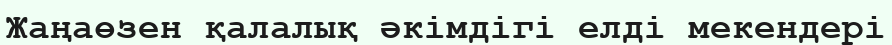
Жаңаөзен қалалық әкімдігі елді мекендері